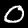
Label: 0